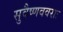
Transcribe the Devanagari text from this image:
सुवैष्णववराः